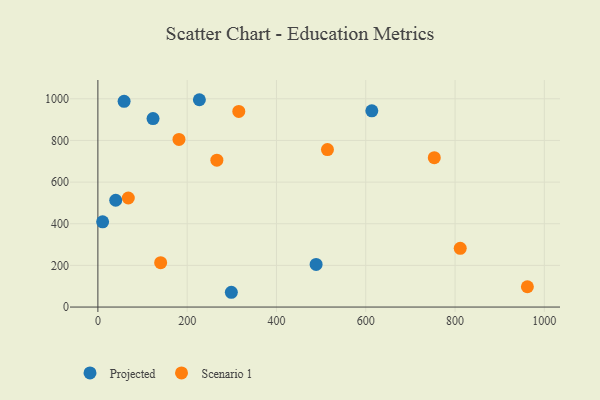
{"axis": {"x": "Speed", "y": "Demand"}, "legend": ["Projected", "Scenario 1"], "data": [{"x": "58.7", "y": 988.1, "type": "Projected"}, {"x": "488.8", "y": 204.6, "type": "Projected"}, {"x": "10.6", "y": 409.4, "type": "Projected"}, {"x": "39.9", "y": 513.0, "type": "Projected"}, {"x": "123.5", "y": 904.9, "type": "Projected"}, {"x": "613.6", "y": 942.4, "type": "Projected"}, {"x": "298.9", "y": 71.0, "type": "Projected"}, {"x": "227.3", "y": 995.6, "type": "Projected"}, {"x": "140.6", "y": 213.0, "type": "Scenario 1"}, {"x": "68.1", "y": 523.6, "type": "Scenario 1"}, {"x": "811.6", "y": 282.1, "type": "Scenario 1"}, {"x": "315.6", "y": 939.4, "type": "Scenario 1"}, {"x": "514.2", "y": 756.3, "type": "Scenario 1"}, {"x": "962.0", "y": 97.6, "type": "Scenario 1"}, {"x": "181.6", "y": 805.1, "type": "Scenario 1"}, {"x": "266.5", "y": 705.1, "type": "Scenario 1"}, {"x": "753.5", "y": 717.3, "type": "Scenario 1"}]}